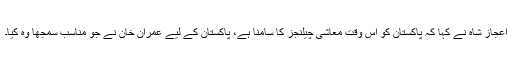
اعجاز شاہ نے کہا کہ پاکستان کو اس وقت معاشی چیلنجز کا سامنا ہے، پاکستان کے لیے عمران خان نے جو مناسب سمجھا وہ کیا۔